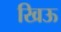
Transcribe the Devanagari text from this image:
खिऊ